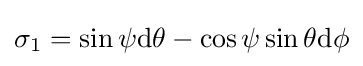
\sigma _{1}=\sin \psi {\text{d}}\theta -\cos \psi \sin \theta {\text{d}}\phi